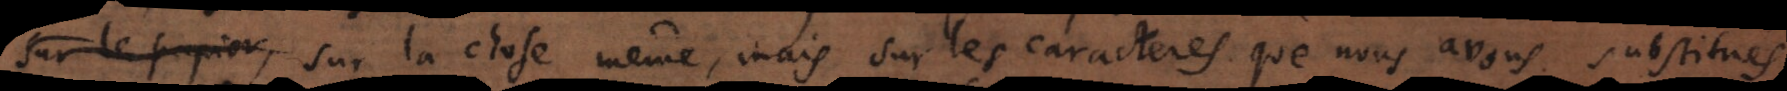
sur le papier sur la chose même, mais sur les caracteres que nous avons substitués